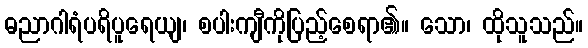
ဓညာဂါရံပရိပူရေယျ၊ စပါးကျီကိုပြည့်စေရာ၏။ သော၊ ထိုသူသည်။